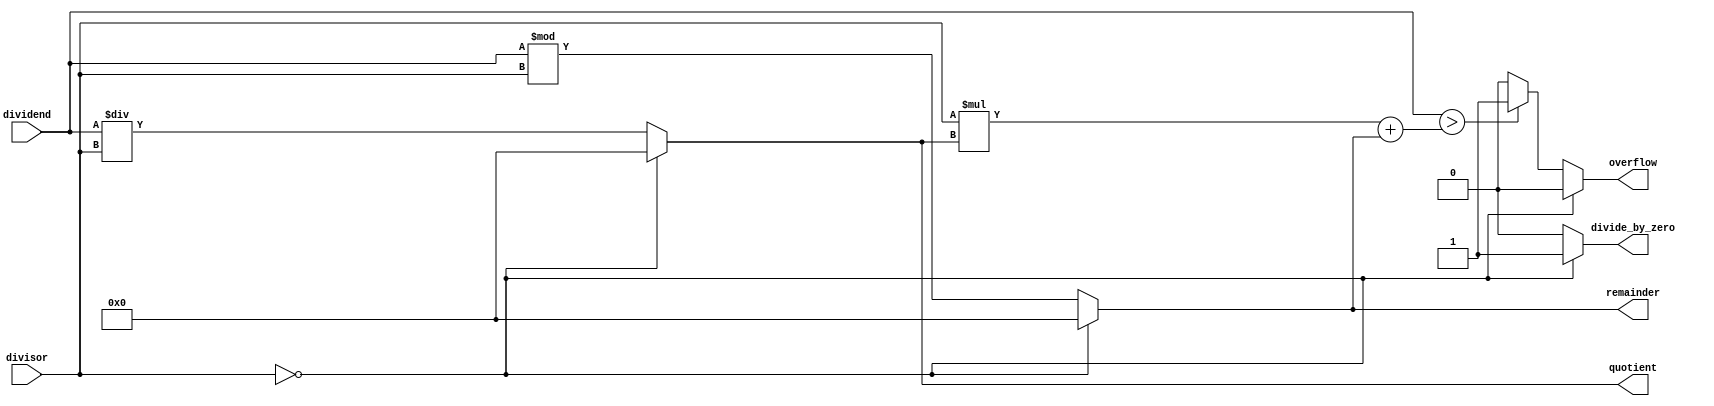
module Asynchronous_Divider (
    input [31:0] dividend,
    input [31:0] divisor,
    output reg [31:0] quotient,
    output reg [31:0] remainder,
    output reg divide_by_zero,
    output reg overflow
);

always @* begin
    if (divisor == 0) begin
        quotient <= 32'h0;
        remainder <= 32'h0;
        divide_by_zero <= 1'b1;
        overflow <= 1'b0;
    end
    else begin
        quotient <= dividend / divisor;
        remainder <= dividend % divisor;
        divide_by_zero <= 1'b0;
        overflow <= (dividend > (divisor * quotient) + remainder) ? 1'b1 : 1'b0;
    end
end

endmodule